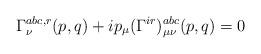
LaTeX: \begin{align*}\Gamma^{abc,r}_{\nu}(p,q)+ ip_{\mu} (\Gamma^{ir})^{abc}_{\mu \nu}(p,q)=0\end{align*}